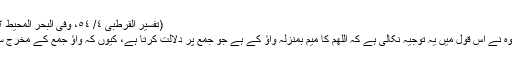
(تفسیر القرطبی ٤/ ٥٤، وفی البحر المحیط ٢/ ٤٣٦)
ایک گروہ نے اس قول میں یہ توجیہ نکالی ہے کہ اللھم کا میم بمنزلہ واؤ کے ہے جو جمع پر دلالت کرتا ہے، کیوں کہ واؤ جمع کے مخرج سے ہے۔